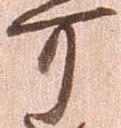
可